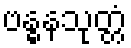
ဗန္ဓနသုတ္တံ